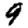
Digit: 9